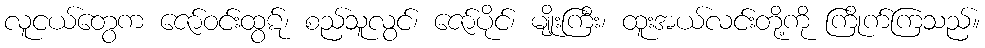
လူငယ်တွေက ဇော်ဝင်းထွဋ်၊ စည်သူလွင်၊ ဇော်ပိုင်၊ မျိုးကြီး၊ ထူးအယ်လင်းတို့ကို ကြိုက်ကြသည်။